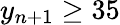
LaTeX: y_{n+1}\geq 35